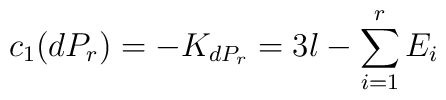
c_{1}(dP_{r})=-K_{dP_{r}}= 3l-\sum_{i=1}^{r}{E_{i}}